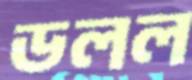
ডলল